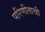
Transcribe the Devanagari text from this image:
परिणीताची